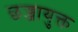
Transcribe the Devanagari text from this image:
छज्जायुक्त